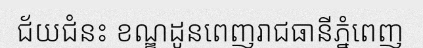
ជ័យជំនះ ខណ្ឌដូនពេញរាជធានីភ្នំពេញ